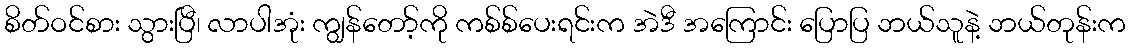
စိတ်ဝင်စား သွားပြီ၊ လာပါအုံး ကျွန်တော့်ကို ကစ်စ်ပေးရင်းက အဲဒီ အကြောင်း ပြောပြ ဘယ်သူနဲ့ ဘယ်တုန်းက